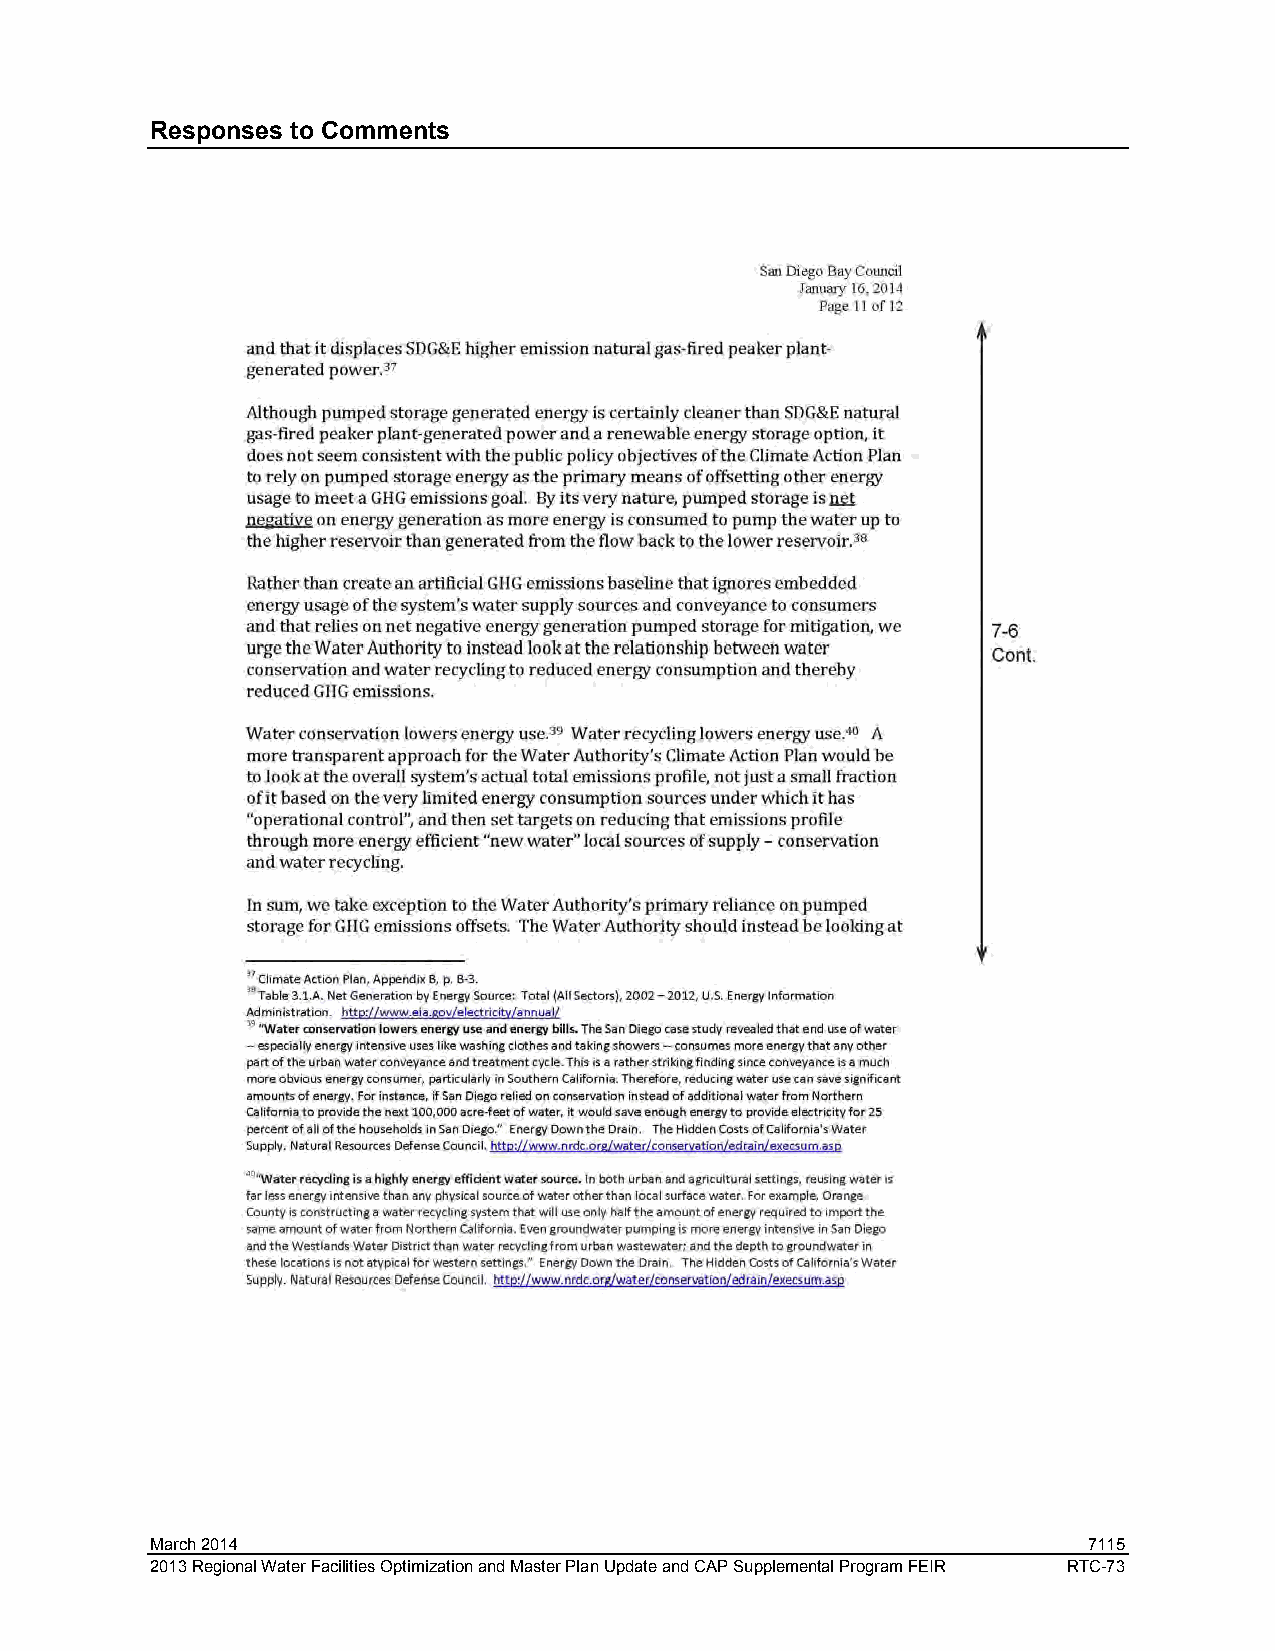
Responses to Comments
 March 2014                                                    7115
 2013 Regional Water Facilities Optimization and Master Plan Update and CAP Supplemental Program FEIR RTC-73